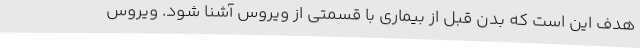
هدف این است که بدن قبل از بیماری با قسمتی از ویروس آشنا شود. ویروس